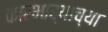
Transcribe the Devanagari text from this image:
कारभार्‍याच्या